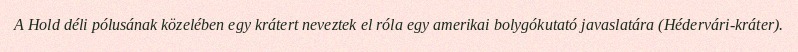
A Hold déli pólusának közelében egy krátert neveztek el róla egy amerikai bolygókutató javaslatára (Hédervári-kráter).